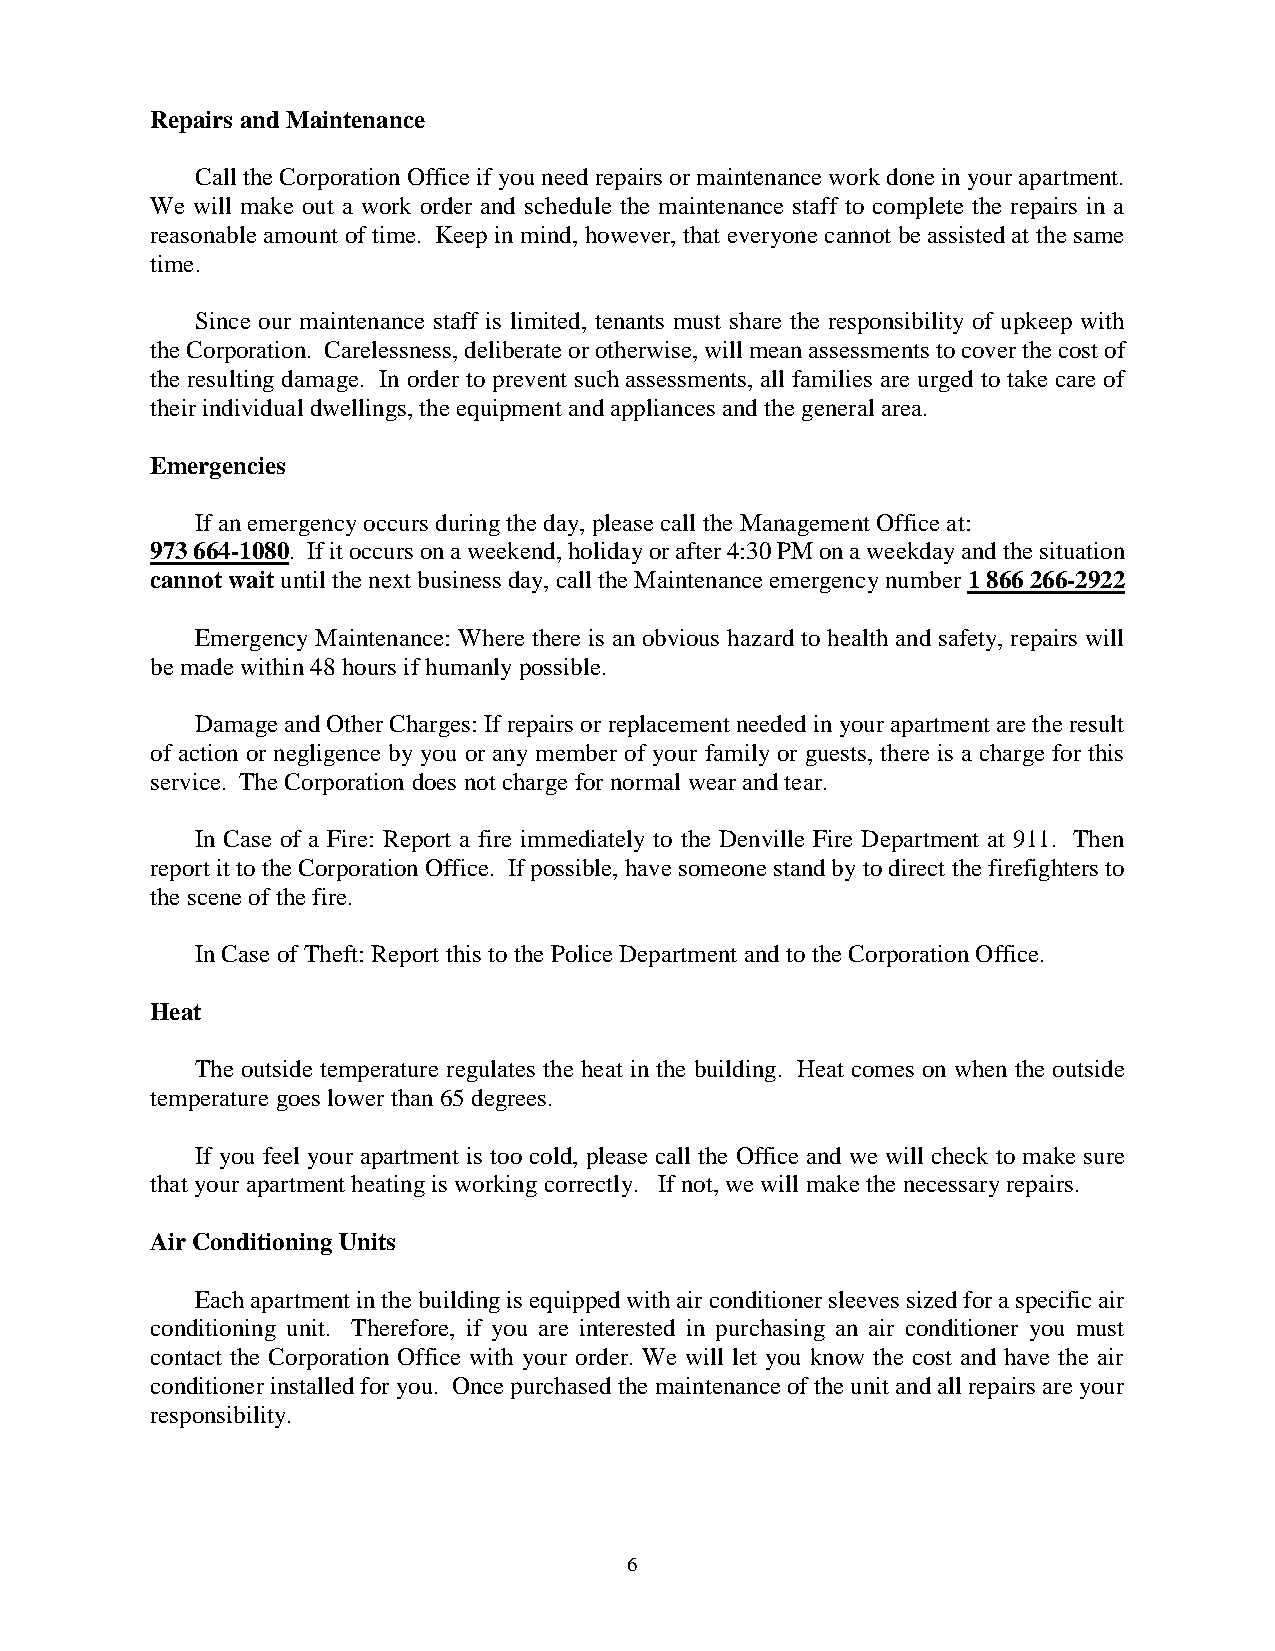
Repairs and Maintenance
 Call the Corporation Office if you need repairs or maintenance work done in your apartment.
 We will make out a work order and schedule the maintenance staff to complete the repairs in a
 reasonable amount of time. Keep in mind, however, that everyone cannot be assisted at the same
 time.
 Since our maintenance staff is limited, tenants must share the responsibility of upkeep with
 the Corporation. Carelessness, deliberate or otherwise, will mean assessments to cover the cost of
 the resulting damage. In order to prevent such assessments, all families are urged to take care of
 their individual dwellings, the equipment and appliances and the general area.
 Emergencies
 If an emergency occurs during the day, please call the Management Office at:
 973 664-1080. If it occurs on a weekend, holiday or after 4:30 PM on a weekday and the situation
 cannot wait until the next business day, call the Maintenance emergency number 1 866 266-2922
 Emergency Maintenance: Where there is an obvious hazard to health and safety, repairs will
 be made within 48 hours if humanly possible.
 Damage and Other Charges: If repairs or replacement needed in your apartment are the result
 of action or negligence by you or any member of your family or guests, there is a charge for this
 service. The Corporation does not charge for normal wear and tear.
 In Case of a Fire: Report a fire immediately to the Denville Fire Department at 911. Then
 report it to the Corporation Office. If possible, have someone stand by to direct the firefighters to
 the scene of the fire.
 In Case of Theft: Report this to the Police Department and to the Corporation Office.
 Heat
 The outside temperature regulates the heat in the building. Heat comes on when the outside
 temperature goes lower than 65 degrees.
 If you feel your apartment is too cold, please call the Office and we will check to make sure
 that your apartment heating is working correctly. If not, we will make the necessary repairs.
 Air Conditioning Units
 Each apartment in the building is equipped with air conditioner sleeves sized for a specific air
 conditioning unit. Therefore, if you are interested in purchasing an air conditioner you must
 contact the Corporation Office with your order. We will let you know the cost and have the air
 conditioner installed for you. Once purchased the maintenance of the unit and all repairs are your
 responsibility.
 6